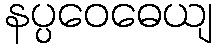
နပ္ပဝေဓေယျ